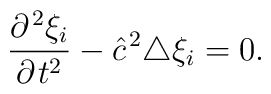
\frac{\partial^{{\kern 1pt}2} \xi_i}{\partial{\kern 1pt} t^2}-{\hat c}^{{\kern 1pt}2} \triangle \xi_i =0.